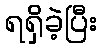
ရရှိခဲ့ပြီး